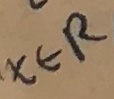
x \in R